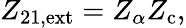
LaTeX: Z_{\mathrm{21,ext}}=Z_{\alpha}Z_{\mathrm{c}},